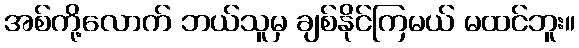
အစ်ကို့လောက် ဘယ်သူမှ ချစ်နိုင်ကြမယ် မထင်ဘူး။